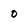
Character: 0